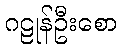
ဂဠုန်ဦးစော